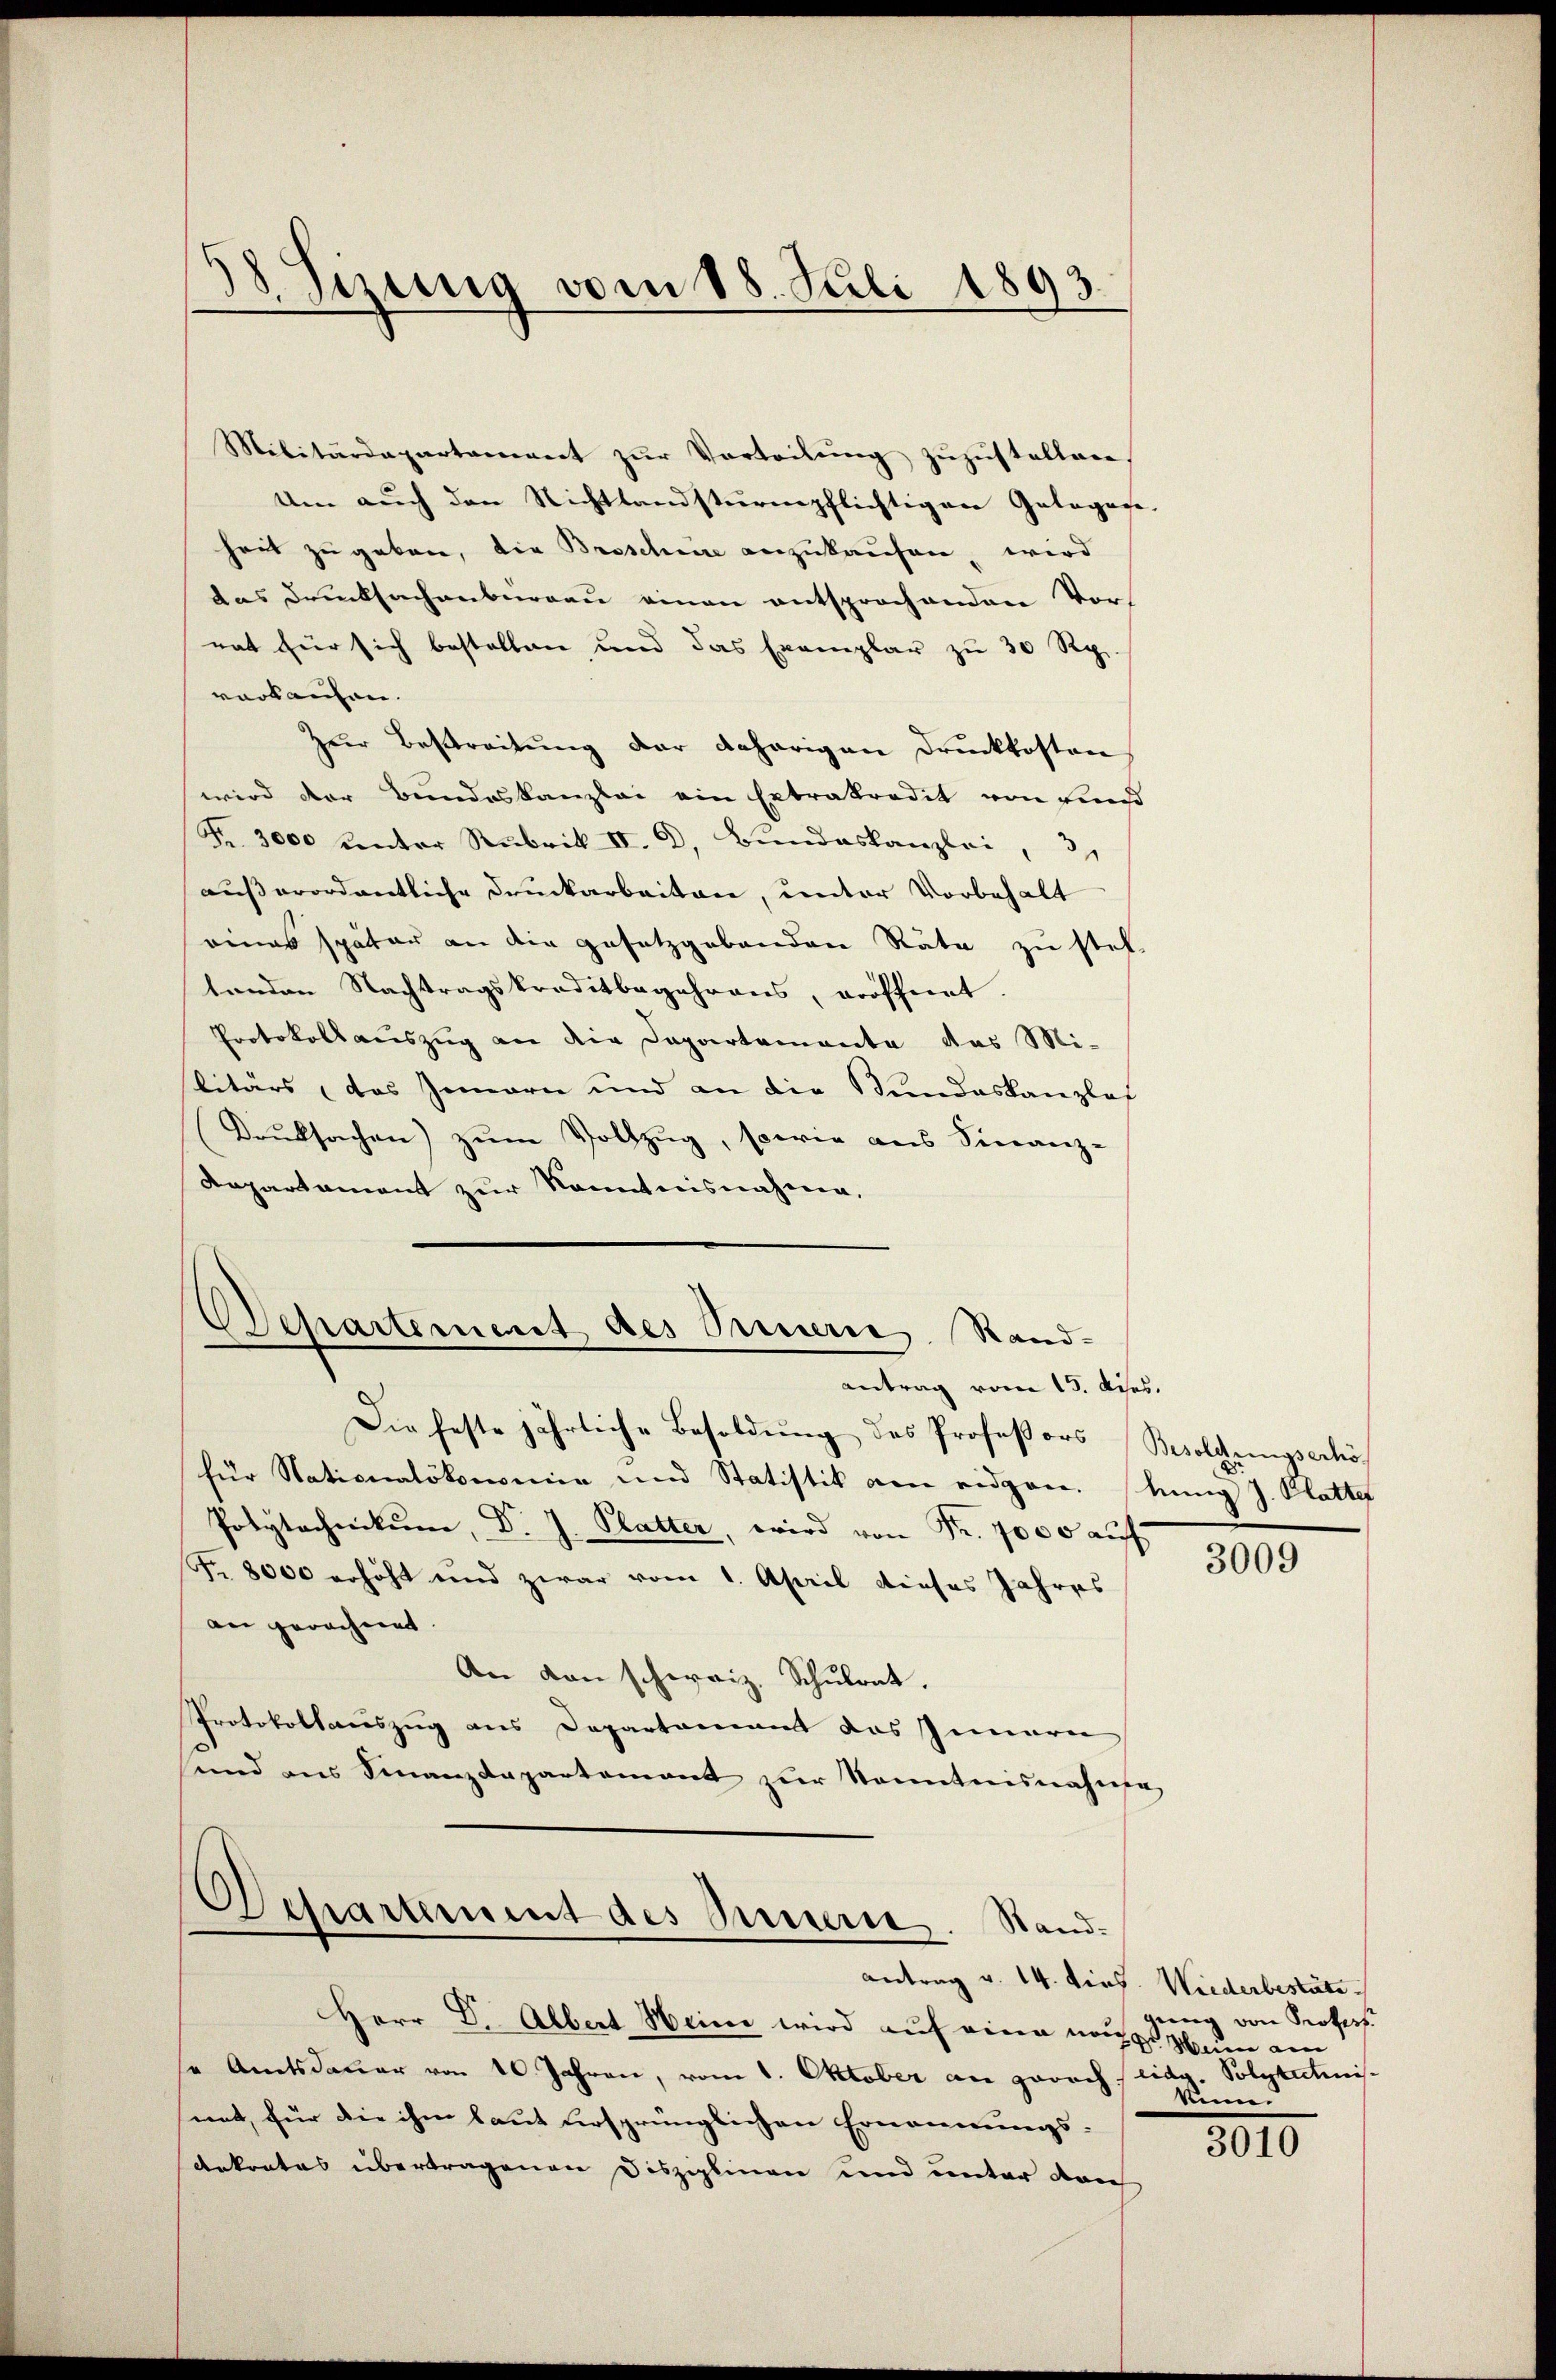
58 Sizung vom 18. Juli 1893.

Militärdepartement zŭr Vorteilung zuzustellen.
Um auch den Nichtlandsturmpflichtigen Gelegese
heit zu geben, die Broscheine anzukaufen, wird
das Drucksachenbüreau einen entsprochenden Vorrat für sich bestellen, und das Exemplar zu 30 Rp.
vorkaufen.
Zur Bestreitŭng der daherigen Druckkosten
wird der Bundeskanzlei ein Extrakredit von find
Fr. 3000 unter Rubrik IV. D. Bundeskanzlei
außerordentliche Druckarbeiten, unter Vorbehalt
eines später an die gesetzgebenden Räte zu stel-
tenden Nachtragskreditbegehrens, eröffnet.
Protokollauszug an die Departemente das Mi-
litärs (das Zimmern und an die Stundeskanzlos
Druksachen) zum Vollzug, sowie aus Finanz-
Repartament zur Kenntnisnahme.
Departement des Sauern Rand-
antrag vom 15. dies.
Die feste jährliche Besoldung des Professors Besoldungserhöfür Nationalökonomien und Statistik am eidgen. Annig J. Platter
Polytechnikum, Dr. J. Platter, wird von Fr. 7000 auf
Fr. 8000 erhöht und zwar vom 1. April dieses Jahres
an gerechnet. |
An den schweiz. Schulrat.
Protokollauszug aus Departamant das Innern
und aus Finanzdepartement zŭr Kenntnisnahme

5)
Gartement des Innern. Stand-
antrag v. 14. dies. Wiederbestäte

Herr Dr. Albert Heine wird auf eine noch kaum am
se Amtsdauer von 10 Jahren, vom 1. Oktober an jedoch eidg. Polytechinismit, für die ihm laut ursprünglichen Ernennungs-
Ankrates übertragenen Disziplinen und unter dan

3009

gung von Profess
Renne.

3010